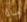
ماذا